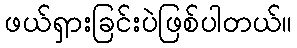
ဖယ်ရှားခြင်းပဲဖြစ်ပါတယ်။